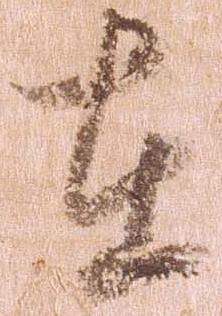
在